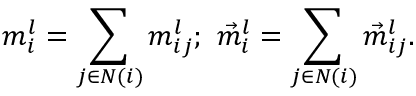
m _ { i } ^ { l } = \sum _ { j \in N ( i ) } m _ { i j } ^ { l } ; \ \vec { m } _ { i } ^ { l } = \sum _ { j \in N ( i ) } \vec { m } _ { i j } ^ { l } .